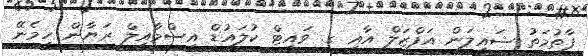
ފާތުމަތު ޝައިލަން އަފްޒަލް އާއި ގ. ވައިޓް ކުލައުޑް އިސްމާއިލް ރަޔާން ހިމެނޭ